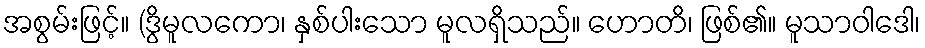
အစွမ်းဖြင့်။ (ဒွိမူလကော၊ နှစ်ပါးသော မူလရှိသည်။ ဟောတိ၊ ဖြစ်၏။ မူသာဝါဒေါ၊